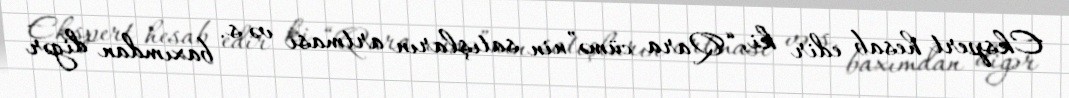
Ekspert hesab edir ki, “Qara cümə”nin satışların artması və s. baxımdan digər